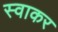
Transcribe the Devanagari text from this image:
स्वाकर